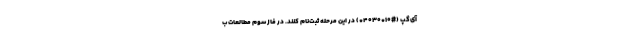
آی‌گپ (#۱۰*۴۰۳۰*) در این مرحله ثبت‌نام کنند. در فاز سوم مطالعات ب